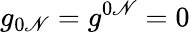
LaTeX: g_{0\mathscr{N}}=g^{0\mathscr{N}}=0